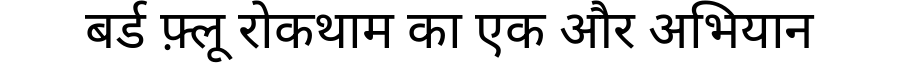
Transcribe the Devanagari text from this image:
बर्ड फ़्लू रोकथाम का एक और अभियान